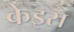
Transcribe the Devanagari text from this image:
केइस